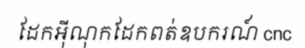
ដែកអ៊ីណុកដែកពត់ឧបករណ៍ cnc